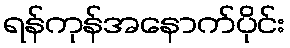
ရန်ကုန်အနောက်ပိုင်း